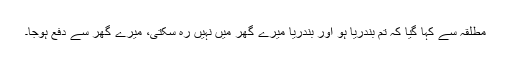
مطلقہ سے کہا گیا کہ تم بندریا ہو اور بندریا میرے گھر میں نہیں رہ سکتی، میرے گھر سے دفع ہوجا۔